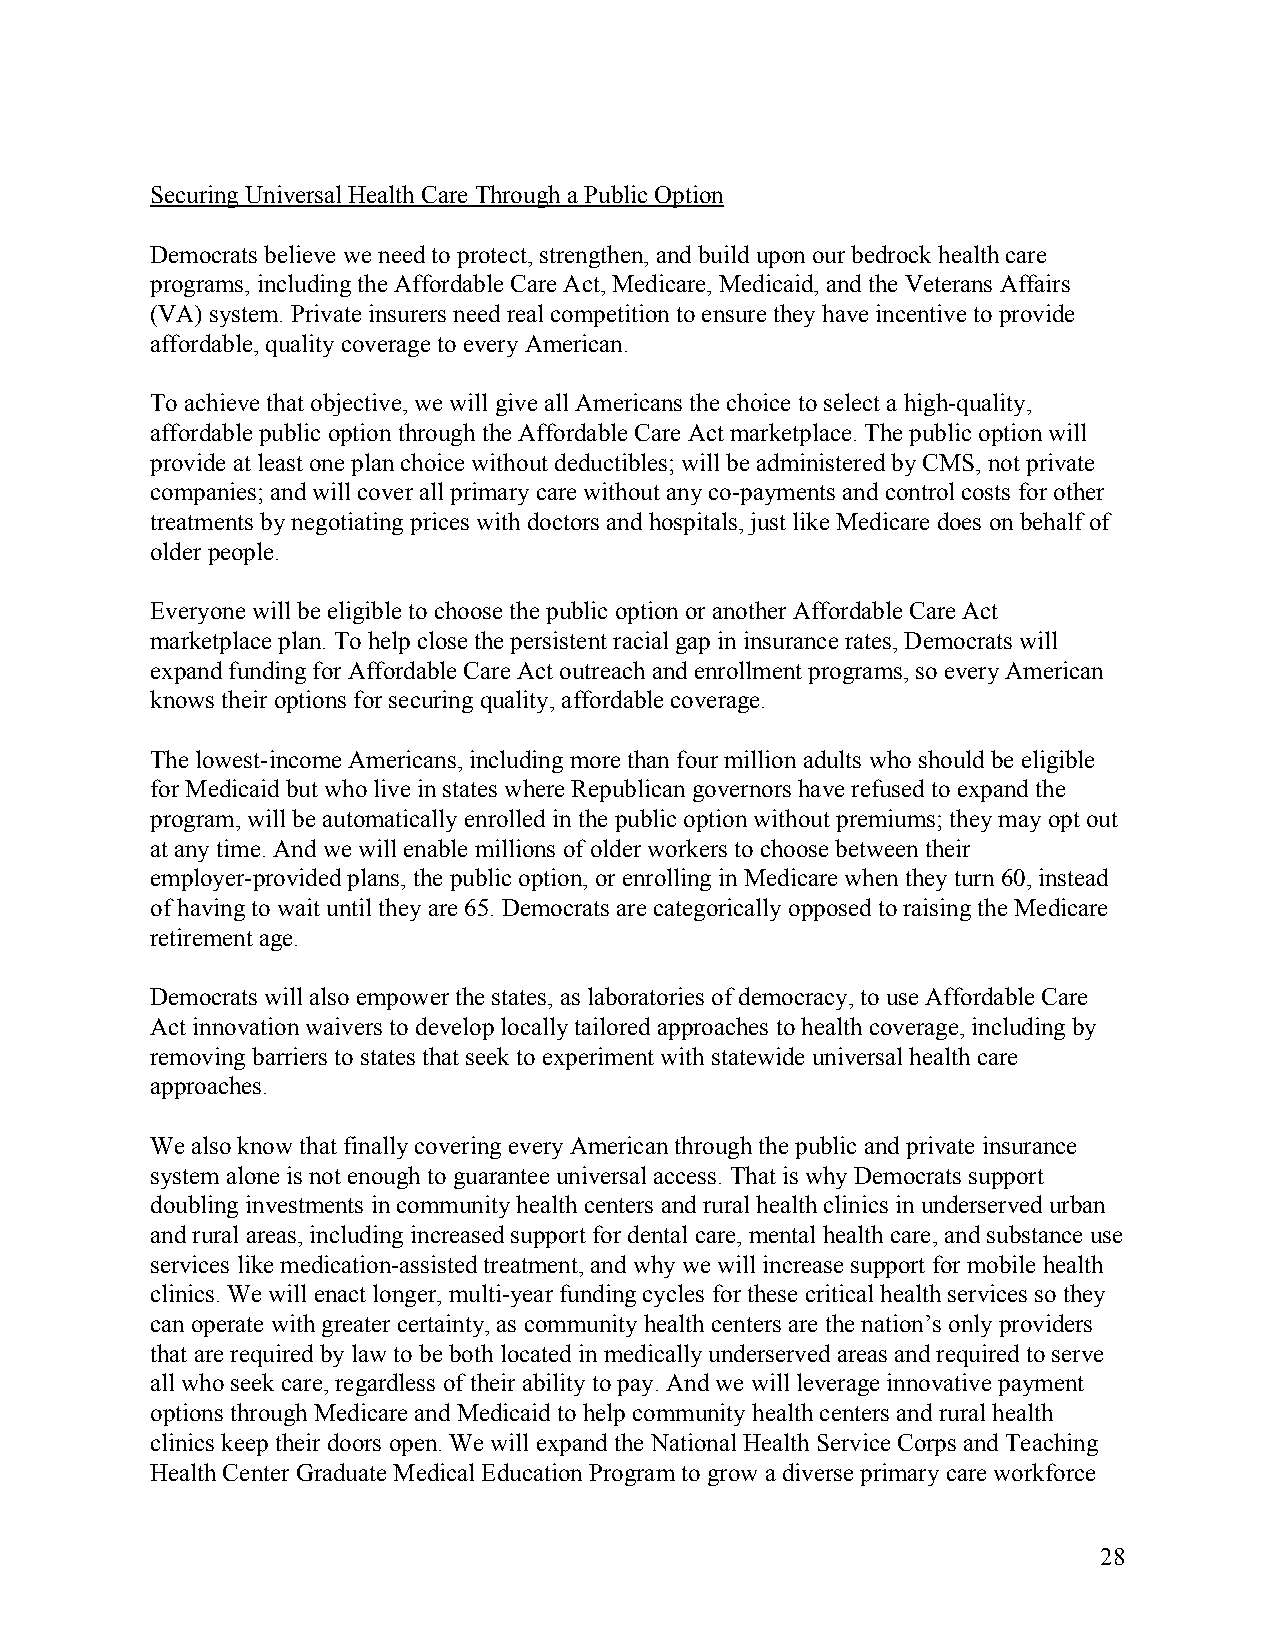
Securing Universal Health Care Through a Public Option
 Democrats believe we need to protect, strengthen, and build upon our bedrock health care
 programs, including the Affordable Care Act, Medicare, Medicaid, and the Veterans Affairs
 (VA) system. Private insurers need real competition to ensure they have incentive to provide
 affordable, quality coverage to every American.
 To achieve that objective, we will give all Americans the choice to select a high-quality,
 affordable public option through the Affordable Care Act marketplace. The public option will
 provide at least one plan choice without deductibles; will be administered by CMS, not private
 companies; and will cover all primary care without any co-payments and control costs for other
 treatments by negotiating prices with doctors and hospitals, just like Medicare does on behalf of
 older people.
 Everyone will be eligible to choose the public option or another Affordable Care Act
 marketplace plan. To help close the persistent racial gap in insurance rates, Democrats will
 expand funding for Affordable Care Act outreach and enrollment programs, so every American
 knows their options for securing quality, affordable coverage.
 The lowest-income Americans, including more than four million adults who should be eligible
 for Medicaid but who live in states where Republican governors have refused to expand the
 program, will be automatically enrolled in the public option without premiums; they may opt out
 at any time. And we will enable millions of older workers to choose between their
 employer-provided plans, the public option, or enrolling in Medicare when they turn 60, instead
 of having to wait until they are 65. Democrats are categorically opposed to raising the Medicare
 retirement age.
 Democrats will also empower the states, as laboratories of democracy, to use Affordable Care
 Act innovation waivers to develop locally tailored approaches to health coverage, including by
 removing barriers to states that seek to experiment with statewide universal health care
 approaches.
 We also know that finally covering every American through the public and private insurance
 system alone is not enough to guarantee universal access. That is why Democrats support
 doubling investments in community health centers and rural health clinics in underserved urban
 and rural areas, including increased support for dental care, mental health care, and substance use
 services like medication-assisted treatment, and why we will increase support for mobile health
 clinics. We will enact longer, multi-year funding cycles for these critical health services so they
 can operate with greater certainty, as community health centers are the nation’s only providers
 that are required by law to be both located in medically underserved areas and required to serve
 all who seek care, regardless of their ability to pay. And we will leverage innovative payment
 options through Medicare and Medicaid to help community health centers and rural health
 clinics keep their doors open. We will expand the National Health Service Corps and Teaching
 Health Center Graduate Medical Education Program to grow a diverse primary care workforce
 28